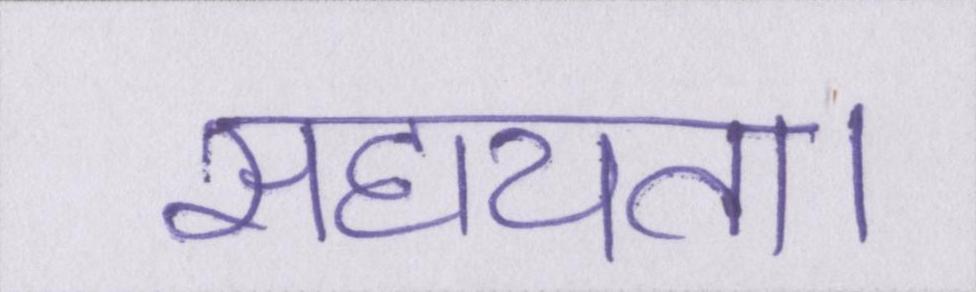
सहायता।